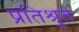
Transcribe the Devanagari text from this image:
प्रतिश्रुत